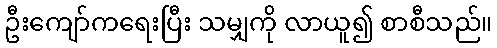
ဦးကျော်ကရေးပြီး သမျှကို လာယူ၍ စာစီသည်။